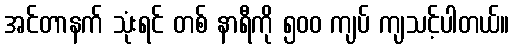
အင်တာနက် သုံးရင် တစ် နာရီကို ၅၀၀ ကျပ် ကျသင့်ပါတယ်။